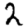
Digit: 2